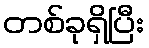
တစ်ခုရှိပြီး